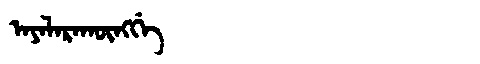
Manchu: ᠠᠶᠠᠯᠠᡵᠠᡴᡡᠩᡤᡝ
Romanization: AYALARAKŪNGGE